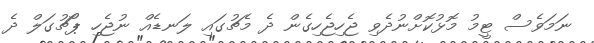
ނަމަވެސް ޓީމު މޮޅުކޮށްނުދެވި ޖެހިޖެހިގެން ދެ މެޗުގައި ލަނޑެއްް ނުޖެހި ޕޯޗުގަލް ދެ